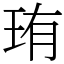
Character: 珛